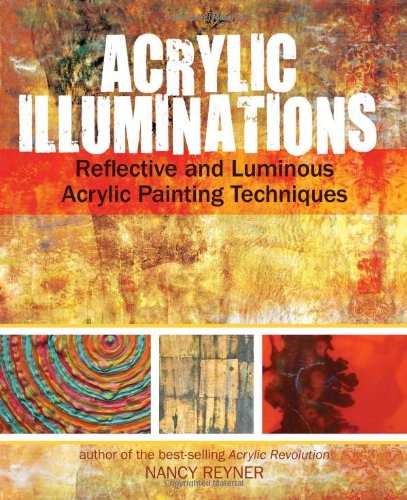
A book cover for Acrylic Illuminations: Reflective and Luminous Acrylic Painting Techniques; Nancy Reyner; Arts & Photography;